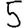
Digit: 5